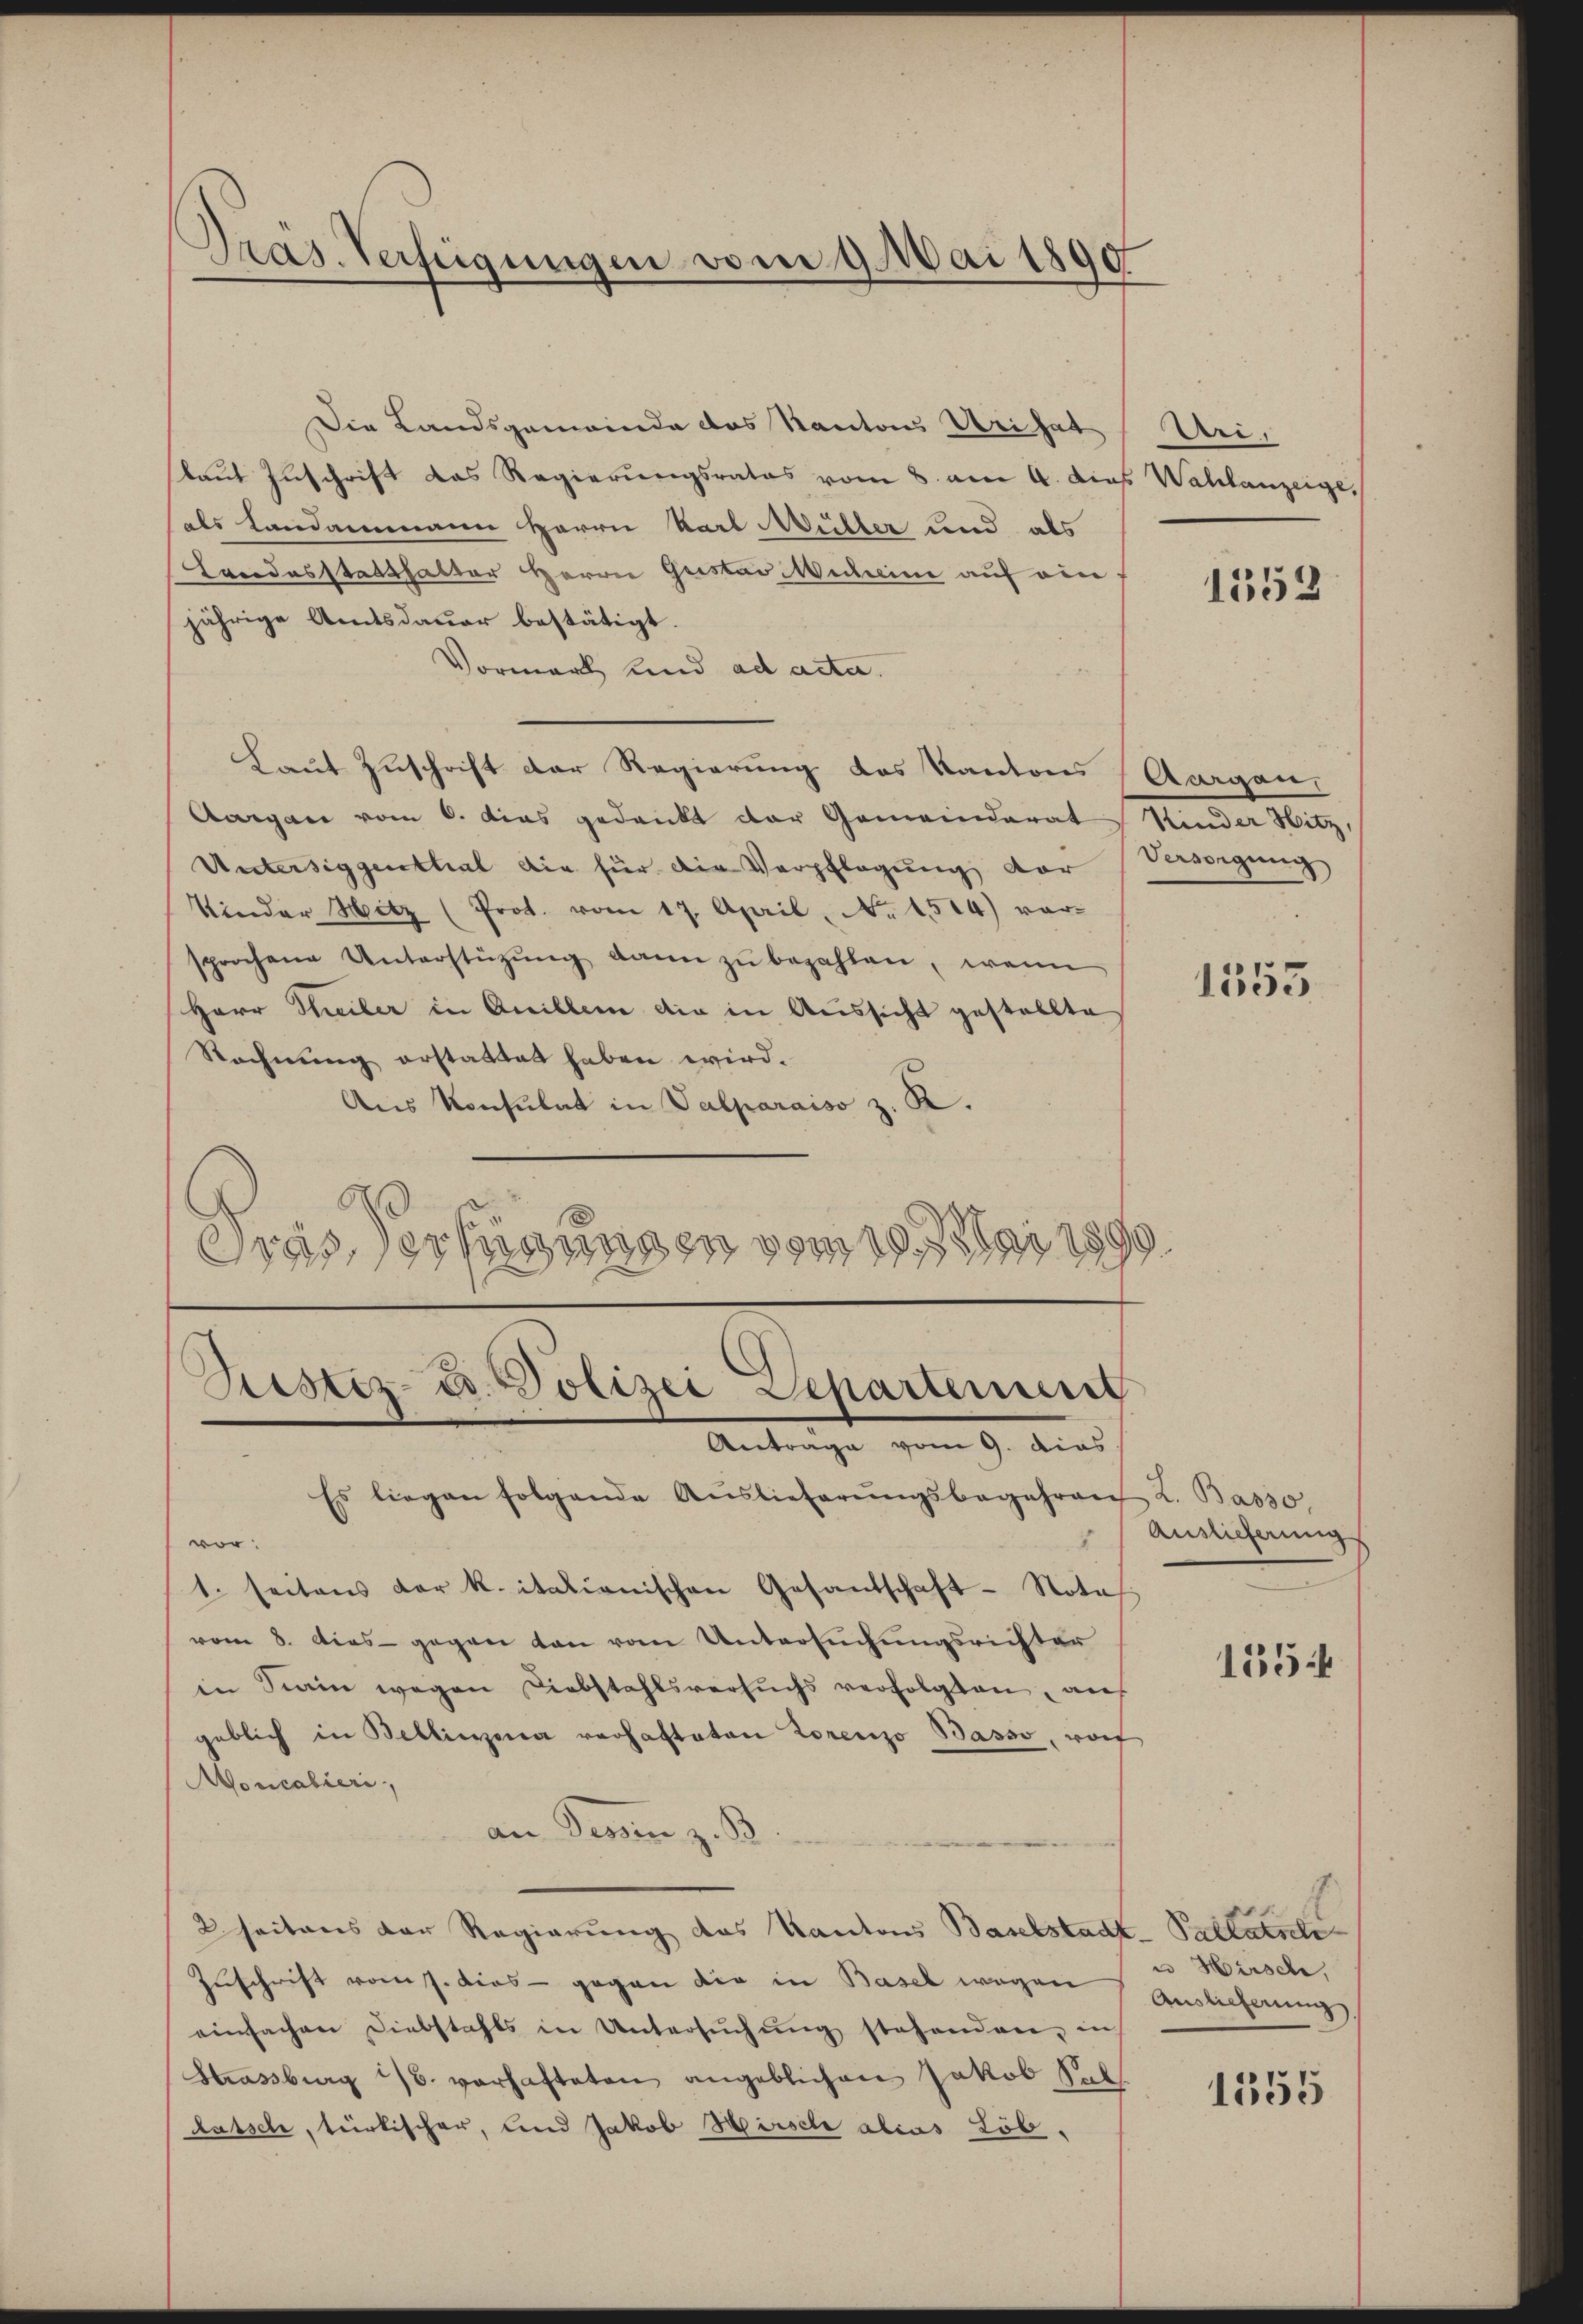
Präs. Verfügungen vom 9. Mai 1890

Die Landsgemeinde des Kantons Uri hat (Urilaut Zuschrift das Regierungsrates vom 8. am 4. Das Wahlanzeige,
als Landammann Herrn Karl Müller und als
Looodesstatthalter Herrn Geistav Micheine auf ein
jährige Amtsdauer bestätigt.
Vormark und ad acta.
Laut Zuschrift der Regierung des Kantons (Aargau,
Aargau vom 6. dies gedruckt der Gemeinderat Kinder Hitz,
Untersiggenthal die für die Verpflegung der Versorgung
Kinder Hitz (Prot. vom 17. April, No. 1514) vorsprochene Unterstützŭng dann zu bezahlen, wenn
Herr Theiler in Quiller die in Aussicht gestellte
Rechnung erstattet haben wird.
Aus Konsulat in Valparaiso z. K.
.
Dies erfügungen vom 10. Mai 1899

Liester- u. Polizei Separtement
Antrage vom 9. dies
Es liegen folgende Auslieferŭngsbegehren L. Basso,

vor:
1. seitens der k. italienischen Gesandschaft- Nota
vom 8. dies gegen von vom Untersuchungsrichter
in Stain wegen Diebstahlsversuchs verfolgten, auf
geblich in Bellierena verhafteten Lorenzo Basso, wof
Moncalieri,
an Sessen z. B.
2 seitens der Regierung des Kantons Baselstadt-Pallante
Zuschrift vom 7. dies - gegen die in Basel wegen
einfachen Diebstahls in Untersŭchŭng stehenden, in
Strassburg 16. vorhafteten angeblichen Jakob Sal
latsch, türkischer, und Jakob Hirsche alias Löb.

1552

1355

Auslieferungs
1554

u Hirsch,
Auslieferung
1355